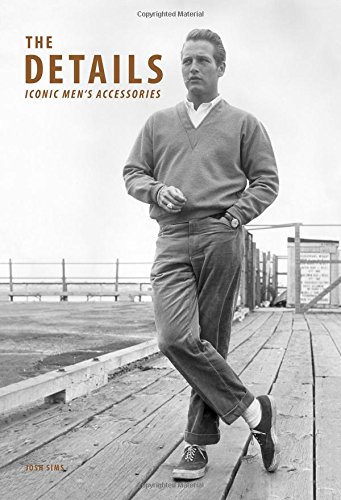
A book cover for The Details: Iconic Men's Accessories; Josh Sims; Health, Fitness & Dieting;